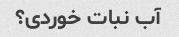
آب نبات خوردی؟